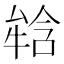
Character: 𤚥